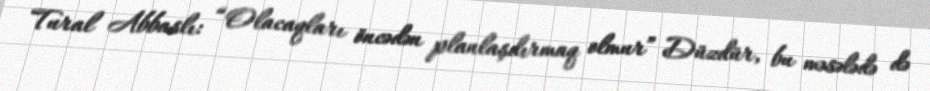
Tural Abbaslı: “Olacaqları öncədən planlaşdırmaq olmur” Düzdür, bu məsələdə də